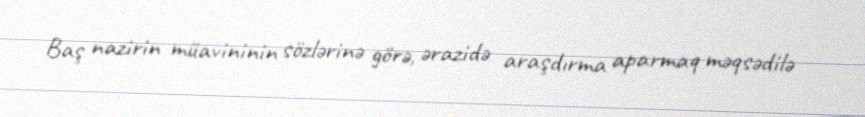
Baş nazirin müavininin sözlərinə görə, ərazidə araşdırma aparmaq məqsədilə